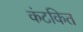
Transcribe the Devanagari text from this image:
कंटकित